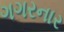
ગગરનાર